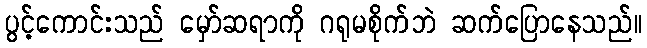
ပွင့်ကောင်းသည် မှော်ဆရာကို ဂရုမစိုက်ဘဲ ဆက်ပြောနေသည်။